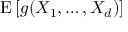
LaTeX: \operatorname { E } \left[ g ( X _ { 1 } , \dots , X _ { d } ) \right]